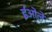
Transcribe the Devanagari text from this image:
ईओले